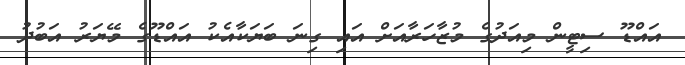
އައްޑޫ ސިޓީން މިއަދުގެ މުޒާހަރާއަށް އައި ގިނަ ބަޔަކާއެކު އައްޑޫގެ މޭޔަރު އަބުދު